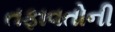
તફાવતોની